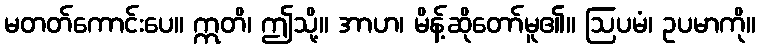
မတတ်ကောင်းပေ။ ဣတိ၊ ဤသို့။ အာဟ၊ မိန့်ဆိုတော်မူ၏။ ဩပမံ၊ ဥပမာကို။